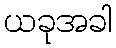
ယခုအခါ